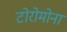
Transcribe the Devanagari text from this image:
टोरोमोना